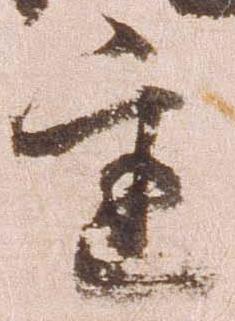
達